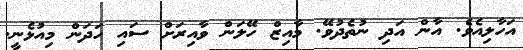
އަހާލިއެވެ. އާން އަދި ނުތެދުވޭ. މާއިޒް ހޭލަން ވާއިރަށް ސައި ހަދަން މިއުޅެނީ.